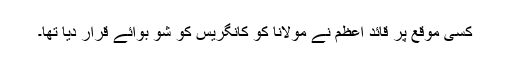
کسی موقع پر قائد اعظم نے مولانا کو کانگریس کو شو بوائے قرار دیا تھا۔